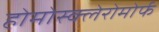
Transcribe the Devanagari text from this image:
होमोस्क्लेरोमोर्फ